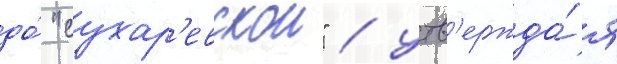
до́ "сухар'евскои" / утв'ержда́я